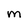
Character: M